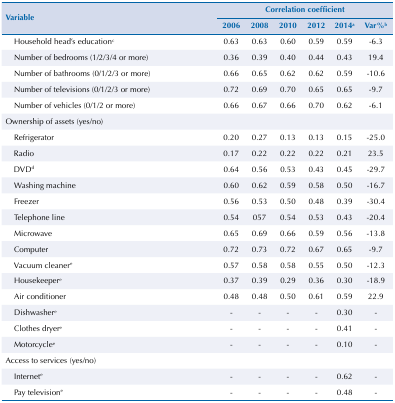
<table><thead><tr><td rowspan="3"><b>Variable</b></td><td colspan="6"><b>Correlation coefficient</b></td></tr><tr><td><b>2006</b></td><td><b>2008</b></td><td><b>2010</b></td><td><b>2012</b></td><td><b>2014<sup>a</sup></b></td><td><b>Var%<sup>b</sup></b></td></tr></thead><tbody><tr><td>Household head’s education<sup>c</sup></td><td>0.63</td><td>0.63</td><td>0.60</td><td>0.59</td><td>0.59</td><td>-6.3</td></tr><tr><td>Number of bedrooms (1/2/3/4 or more)</td><td>0.36</td><td>0.39</td><td>0.40</td><td>0.44</td><td>0.43</td><td>19.4</td></tr><tr><td>Number of bathrooms (0/1/2/3 or more)</td><td>0.66</td><td>0.65</td><td>0.62</td><td>0.62</td><td>0.59</td><td>-10.6</td></tr><tr><td>Number of televisions (0/1/2/3 or more)</td><td>0.72</td><td>0.69</td><td>0.70</td><td>0.65</td><td>0.65</td><td>-9.7</td></tr><tr><td>Number of vehicles (0/1/2 or more)</td><td>0.66</td><td>0.67</td><td>0.66</td><td>0.70</td><td>0.62</td><td>-6.1</td></tr><tr><td>Ownership of assets (yes/no)</td><td> </td><td> </td><td> </td><td> </td><td> </td><td> </td></tr><tr><td>Refrigerator</td><td>0.20</td><td>0.27</td><td>0.13</td><td>0.13</td><td>0.15</td><td>-25.0</td></tr><tr><td>Radio</td><td>0.17</td><td>0.22</td><td>0.22</td><td>0.22</td><td>0.21</td><td>23.5</td></tr><tr><td>DVD<sup>d</sup></td><td>0.64</td><td>0.56</td><td>0.53</td><td>0.43</td><td>0.45</td><td>-29.7</td></tr><tr><td>Washing machine</td><td>0.60</td><td>0.62</td><td>0.59</td><td>0.58</td><td>0.50</td><td>-16.7</td></tr><tr><td>Freezer</td><td>0.56</td><td>0.53</td><td>0.50</td><td>0.48</td><td>0.39</td><td>-30.4</td></tr><tr><td>Telephone line</td><td>0.54</td><td>057</td><td>0.54</td><td>0.53</td><td>0.43</td><td>-20.4</td></tr><tr><td>Microwave</td><td>0.65</td><td>0.69</td><td>0.66</td><td>0.59</td><td>0.56</td><td>-13.8</td></tr><tr><td>Computer</td><td>0.72</td><td>0.73</td><td>0.72</td><td>0.67</td><td>0.65</td><td>-9.7</td></tr><tr><td>Vacuum cleaner<sup>e</sup></td><td>0.57</td><td>0.58</td><td>0.58</td><td>0.55</td><td>0.50</td><td>-12.3</td></tr><tr><td>Housekeeper<sup>e</sup></td><td>0.37</td><td>0.39</td><td>0.29</td><td>0.36</td><td>0.30</td><td>-18.9</td></tr><tr><td>Air conditioner</td><td>0.48</td><td>0.48</td><td>0.50</td><td>0.61</td><td>0.59</td><td>22.9</td></tr><tr><td>Dishwasher<sup>e</sup></td><td>-</td><td>-</td><td>-</td><td>-</td><td>0.30</td><td>-</td></tr><tr><td>Clothes dryer<sup>e</sup></td><td>-</td><td>-</td><td>-</td><td>-</td><td>0.41</td><td>-</td></tr><tr><td>Motorcycle<sup>e</sup></td><td>-</td><td>-</td><td>-</td><td>-</td><td>0.10</td><td>-</td></tr><tr><td>Access to services (yes/no)</td><td> </td><td> </td><td> </td><td> </td><td> </td><td> </td></tr><tr><td>Internet<sup>e</sup></td><td>-</td><td>-</td><td>-</td><td>-</td><td>0.62</td><td>-</td></tr><tr><td>Pay television<sup>e</sup></td><td>-</td><td>-</td><td>-</td><td>-</td><td>0.48</td><td>-</td></tr></tbody></table>